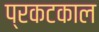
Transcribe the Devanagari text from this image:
प्रकटकाल